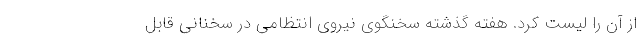
از آن را لیست کرد. هفته گذشته سخنگوی نیروی انتظامی در سخنانی قابل